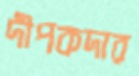
দীপকদার